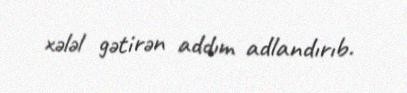
xələl gətirən addım adlandırıb.